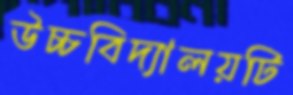
উচ্চবিদ্যালয়টি